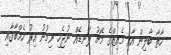
ހާތާ ބާލިން އާއި މެއިޒްގެ މެޗު ލަނޑެއް ނުޖެހި ނިމުނު އިރު ހެމްބާގާއި